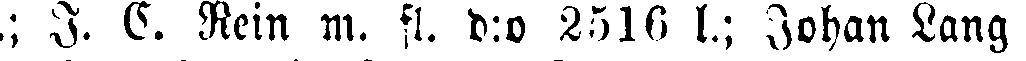
; I. G. Rein m. fl. d:o 2516 l.; Johan Lang